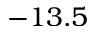
- 1 3 . 5